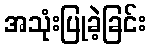
အသုံးပြုခဲ့ခြင်း